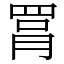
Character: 罥